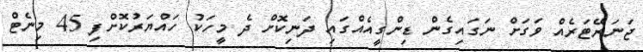
ޖަނަރޭޓަރެއް ވަގަށް ނަގައިގެން ޑިންގީއެއްގައި ދަނިކޮށް ދެ މީހަކު ހައްޔަރުކޮށްފި 45 މިނެޓް